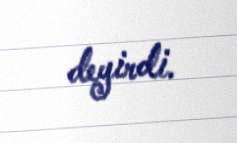
deyirdi.